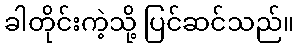
ခါတိုင်းကဲ့သို့ ပြင်ဆင်သည်။